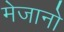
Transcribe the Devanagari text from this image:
मेजानो